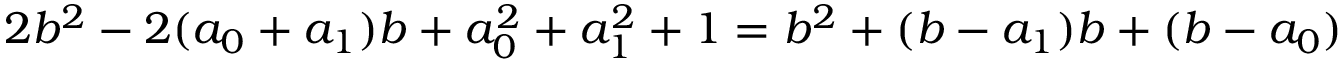
2 b ^ { 2 } - 2 ( a _ { 0 } + a _ { 1 } ) b + a _ { 0 } ^ { 2 } + a _ { 1 } ^ { 2 } + 1 = b ^ { 2 } + ( b - a _ { 1 } ) b + ( b - a _ { 0 } )